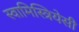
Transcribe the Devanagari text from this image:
स्वामिस्त्रियेसी